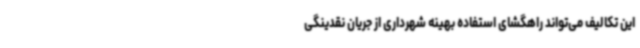
این تکالیف می‌تواند راهگشای استفاده بهینه شهرداری از جریان نقدینگی